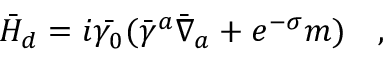
\bar { H } _ { d } = i \bar { \gamma _ { 0 } } ( \bar { \gamma } ^ { a } \bar { \nabla } _ { a } + e ^ { - \sigma } m ) ~ ~ ~ ,